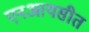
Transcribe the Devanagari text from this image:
एनआयसीत